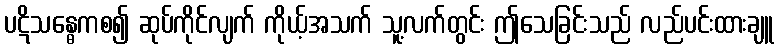
ပဋိသန္ဓေကစ၍ ဆုပ်ကိုင်လျက် ကိုယ့်အသက် သူ့လက်တွင်း ဤသေခြင်းသည် လည်ပင်းထားချူ